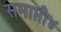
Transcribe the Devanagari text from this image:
समाप्ती४